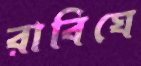
রাবিঘে